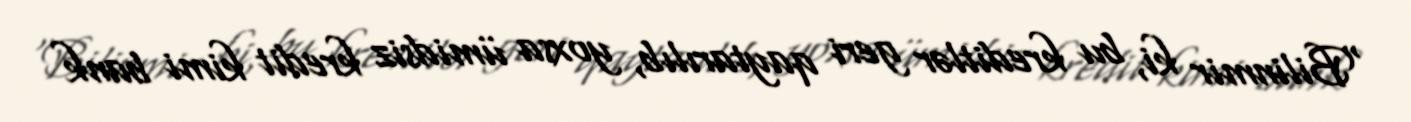
“Bilinmir ki, bu kreditlər geri qaytarılıb, yoxsa ümidsiz kredit kimi bank